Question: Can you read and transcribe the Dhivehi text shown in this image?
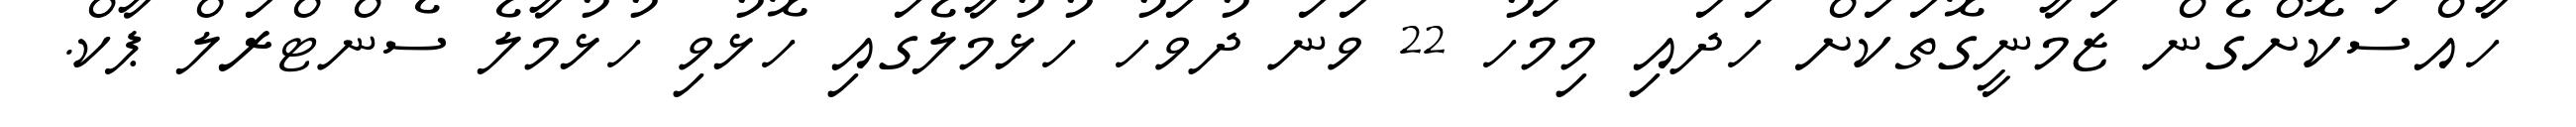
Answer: ހާއްސަކޮށްގެން ޒަމާނީގޮތަކަށް ހަދައި މިމަހު 22 ވަނަ ދުވަހު ހުޅުމާލެގައި ހޮޅުވި ހުޅުމާލެ ސެންޓްރަލް ޕާކް.